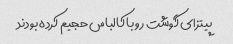
پیتزای گوشت رو با کالباس حجیم کرده بودند